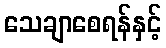
သေချာစေရန်နှင့်